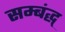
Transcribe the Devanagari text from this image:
सम्बंद्ध्